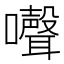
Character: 𡄔